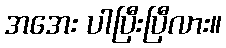
အအေး ပါပြီးပြီလား။